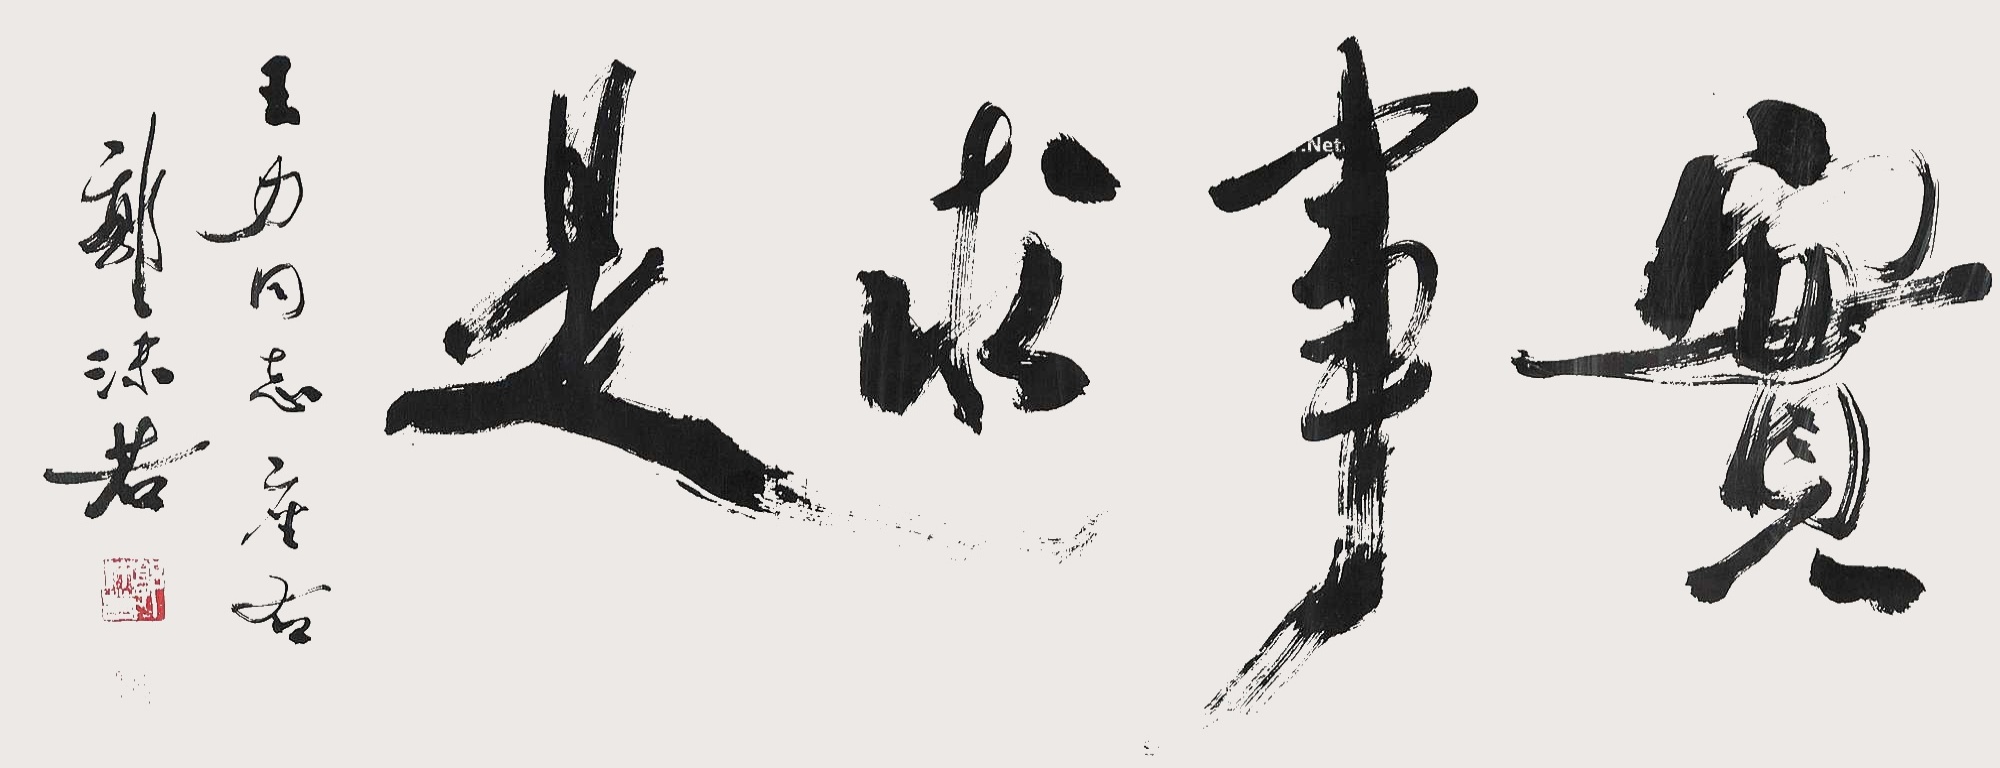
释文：实事求是王力同志座右，郭沫若。